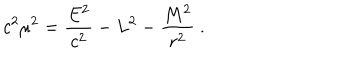
c ^ { 2 } \mu ^ { 2 } = { \frac { E ^ { 2 } } { c ^ { 2 } } } - L ^ { 2 } - { \frac { M ^ { 2 } } { r ^ { 2 } } } \ .